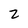
Character: 2